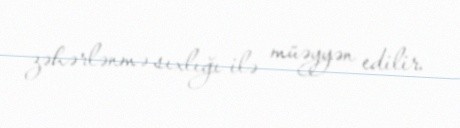
zəhərlənmə sıxlığı ilə müəyyən edilir.